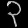
Digit: ၃